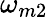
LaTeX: \omega_{m2}